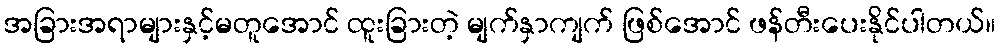
အခြားအရာများနှင့်မတူအောင် ထူးခြားတဲ့ မျက်နှာကျက် ဖြစ်အောင် ဖန်တီးပေးနိုင်ပါတယ်။